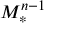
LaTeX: M _ { * } ^ { n - 1 }